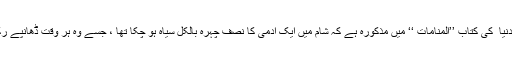
ابن ابی الدنیا ؒ کی کتاب ’’المنامات ‘‘ میں مذکورہ ہے کہ شام میں ایک آدمی کا نصف چہرہ بالکل سیاہ ہو چکا تھا ، جسے وہ ہر وقت ڈھانپے رکھتا تھا ۔